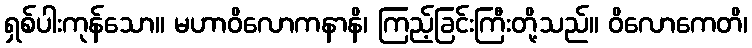
ရှစ်ပါးကုန်သော။ မဟာဝိလောကနာနိ၊ ကြည့်ခြင်းကြီးတို့သည်။ ဝိလောကေတိ၊